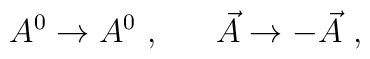
A^0 \rightarrow A^0~,~~~~~\vec{A} \rightarrow -\vec{A}~,